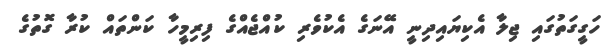
ހަގީގަތުގައި ޖިލާ އެކިޔައިދިނީ އޭނަގެ އެކުވެރި ކުއްޖެއްގެ ފިރިމީހާ ކަންތައް ކުރާ ގޮތުގެ